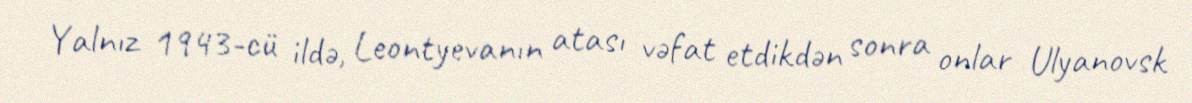
Yalnız 1943-cü ildə, Leontyevanın atası vəfat etdikdən sonra onlar Ulyanovsk